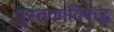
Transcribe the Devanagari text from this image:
पुस्तकाविरुद्ध